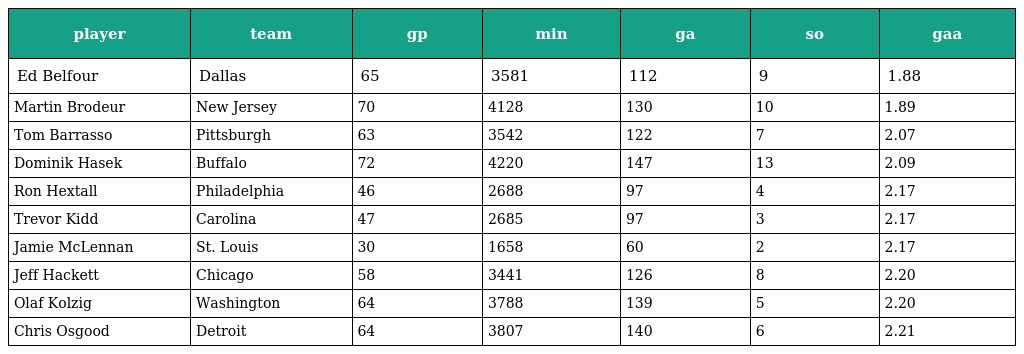
| player | team | gp | min | ga | so | gaa |
 | --- | --- | --- | --- | --- | --- | --- |
 | Ed Belfour | Dallas | 65 | 3581 | 112 | 9 | 1.88 |
 | Martin Brodeur | New Jersey | 70 | 4128 | 130 | 10 | 1.89 |
 | Tom Barrasso | Pittsburgh | 63 | 3542 | 122 | 7 | 2.07 |
 | Dominik Hasek | Buffalo | 72 | 4220 | 147 | 13 | 2.09 |
 | Ron Hextall | Philadelphia | 46 | 2688 | 97 | 4 | 2.17 |
 | Trevor Kidd | Carolina | 47 | 2685 | 97 | 3 | 2.17 |
 | Jamie McLennan | St. Louis | 30 | 1658 | 60 | 2 | 2.17 |
 | Jeff Hackett | Chicago | 58 | 3441 | 126 | 8 | 2.20 |
 | Olaf Kolzig | Washington | 64 | 3788 | 139 | 5 | 2.20 |
 | Chris Osgood | Detroit | 64 | 3807 | 140 | 6 | 2.21 |